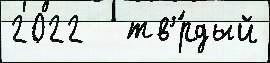
2022   тв'́рдый